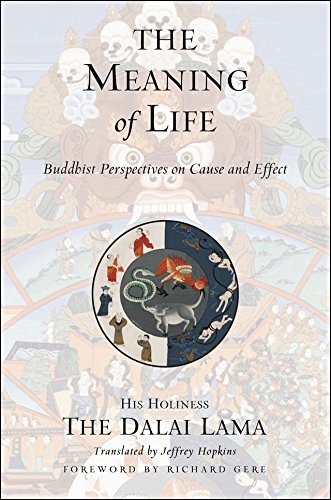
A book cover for The Meaning of Life; The Dalai Lama; Religion & Spirituality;